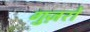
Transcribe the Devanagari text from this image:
गुज़रों